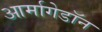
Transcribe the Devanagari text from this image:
आर्मागेडॉन